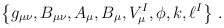
\begin{align*}\left\{g_{\mu\nu}, B_{\mu\nu}, A_{\mu}, B_{\mu}, V_{\mu}^{I}, \phi, k,\ell^{I}\right\}\, .\end{align*}